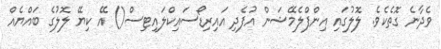
ވެދާނެ ގޮތެކެވެ. ލޮލުގައި އިންފްލެމޭޝަން އުފެދި އައިރިޑޯސައިކްލައިޓިސް() އޭ ކިޔޭ ލޮލުގެ ބައްޔެއް